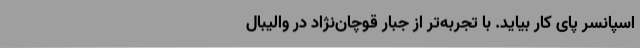
اسپانسر پای کار بیاید. با تجربه‌تر از جبار قوچان‌نژاد در والیبال